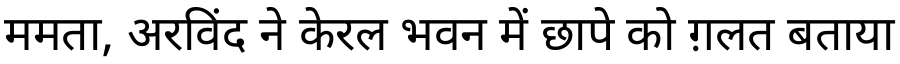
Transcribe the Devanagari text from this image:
ममता, अरविंद ने केरल भवन में छापे को ग़लत बताया